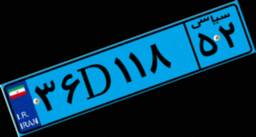
۳۶D۱۱۸۵۲